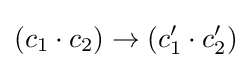
(c_{1}\cdot c_{2})\to (c_{1}'\cdot c_{2}')